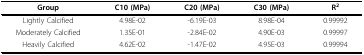
<table><thead><tr><td><b>Group</b></td><td><b>C10 (MPa)</b></td><td><b>C20 (MPa)</b></td><td><b>C30 (MPa)</b></td><td><b>R<sup>2</sup></b></td></tr></thead><tbody><tr><td>Lightly Calcified</td><td>4.98E-02</td><td>-6.19E-03</td><td>8.98E-04</td><td>0.99992</td></tr><tr><td>Moderately Calcified</td><td>1.35E-01</td><td>-2.84E-02</td><td>4.90E-03</td><td>0.99997</td></tr><tr><td>Heavily Calcified</td><td>4.62E-02</td><td>-1.47E-02</td><td>4.95E-03</td><td>0.99994</td></tr></tbody></table>